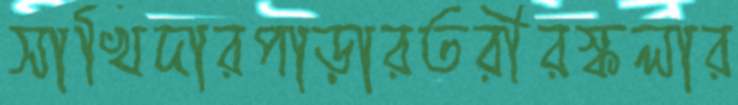
সাখিদারপাড়ারতরীরস্কলার